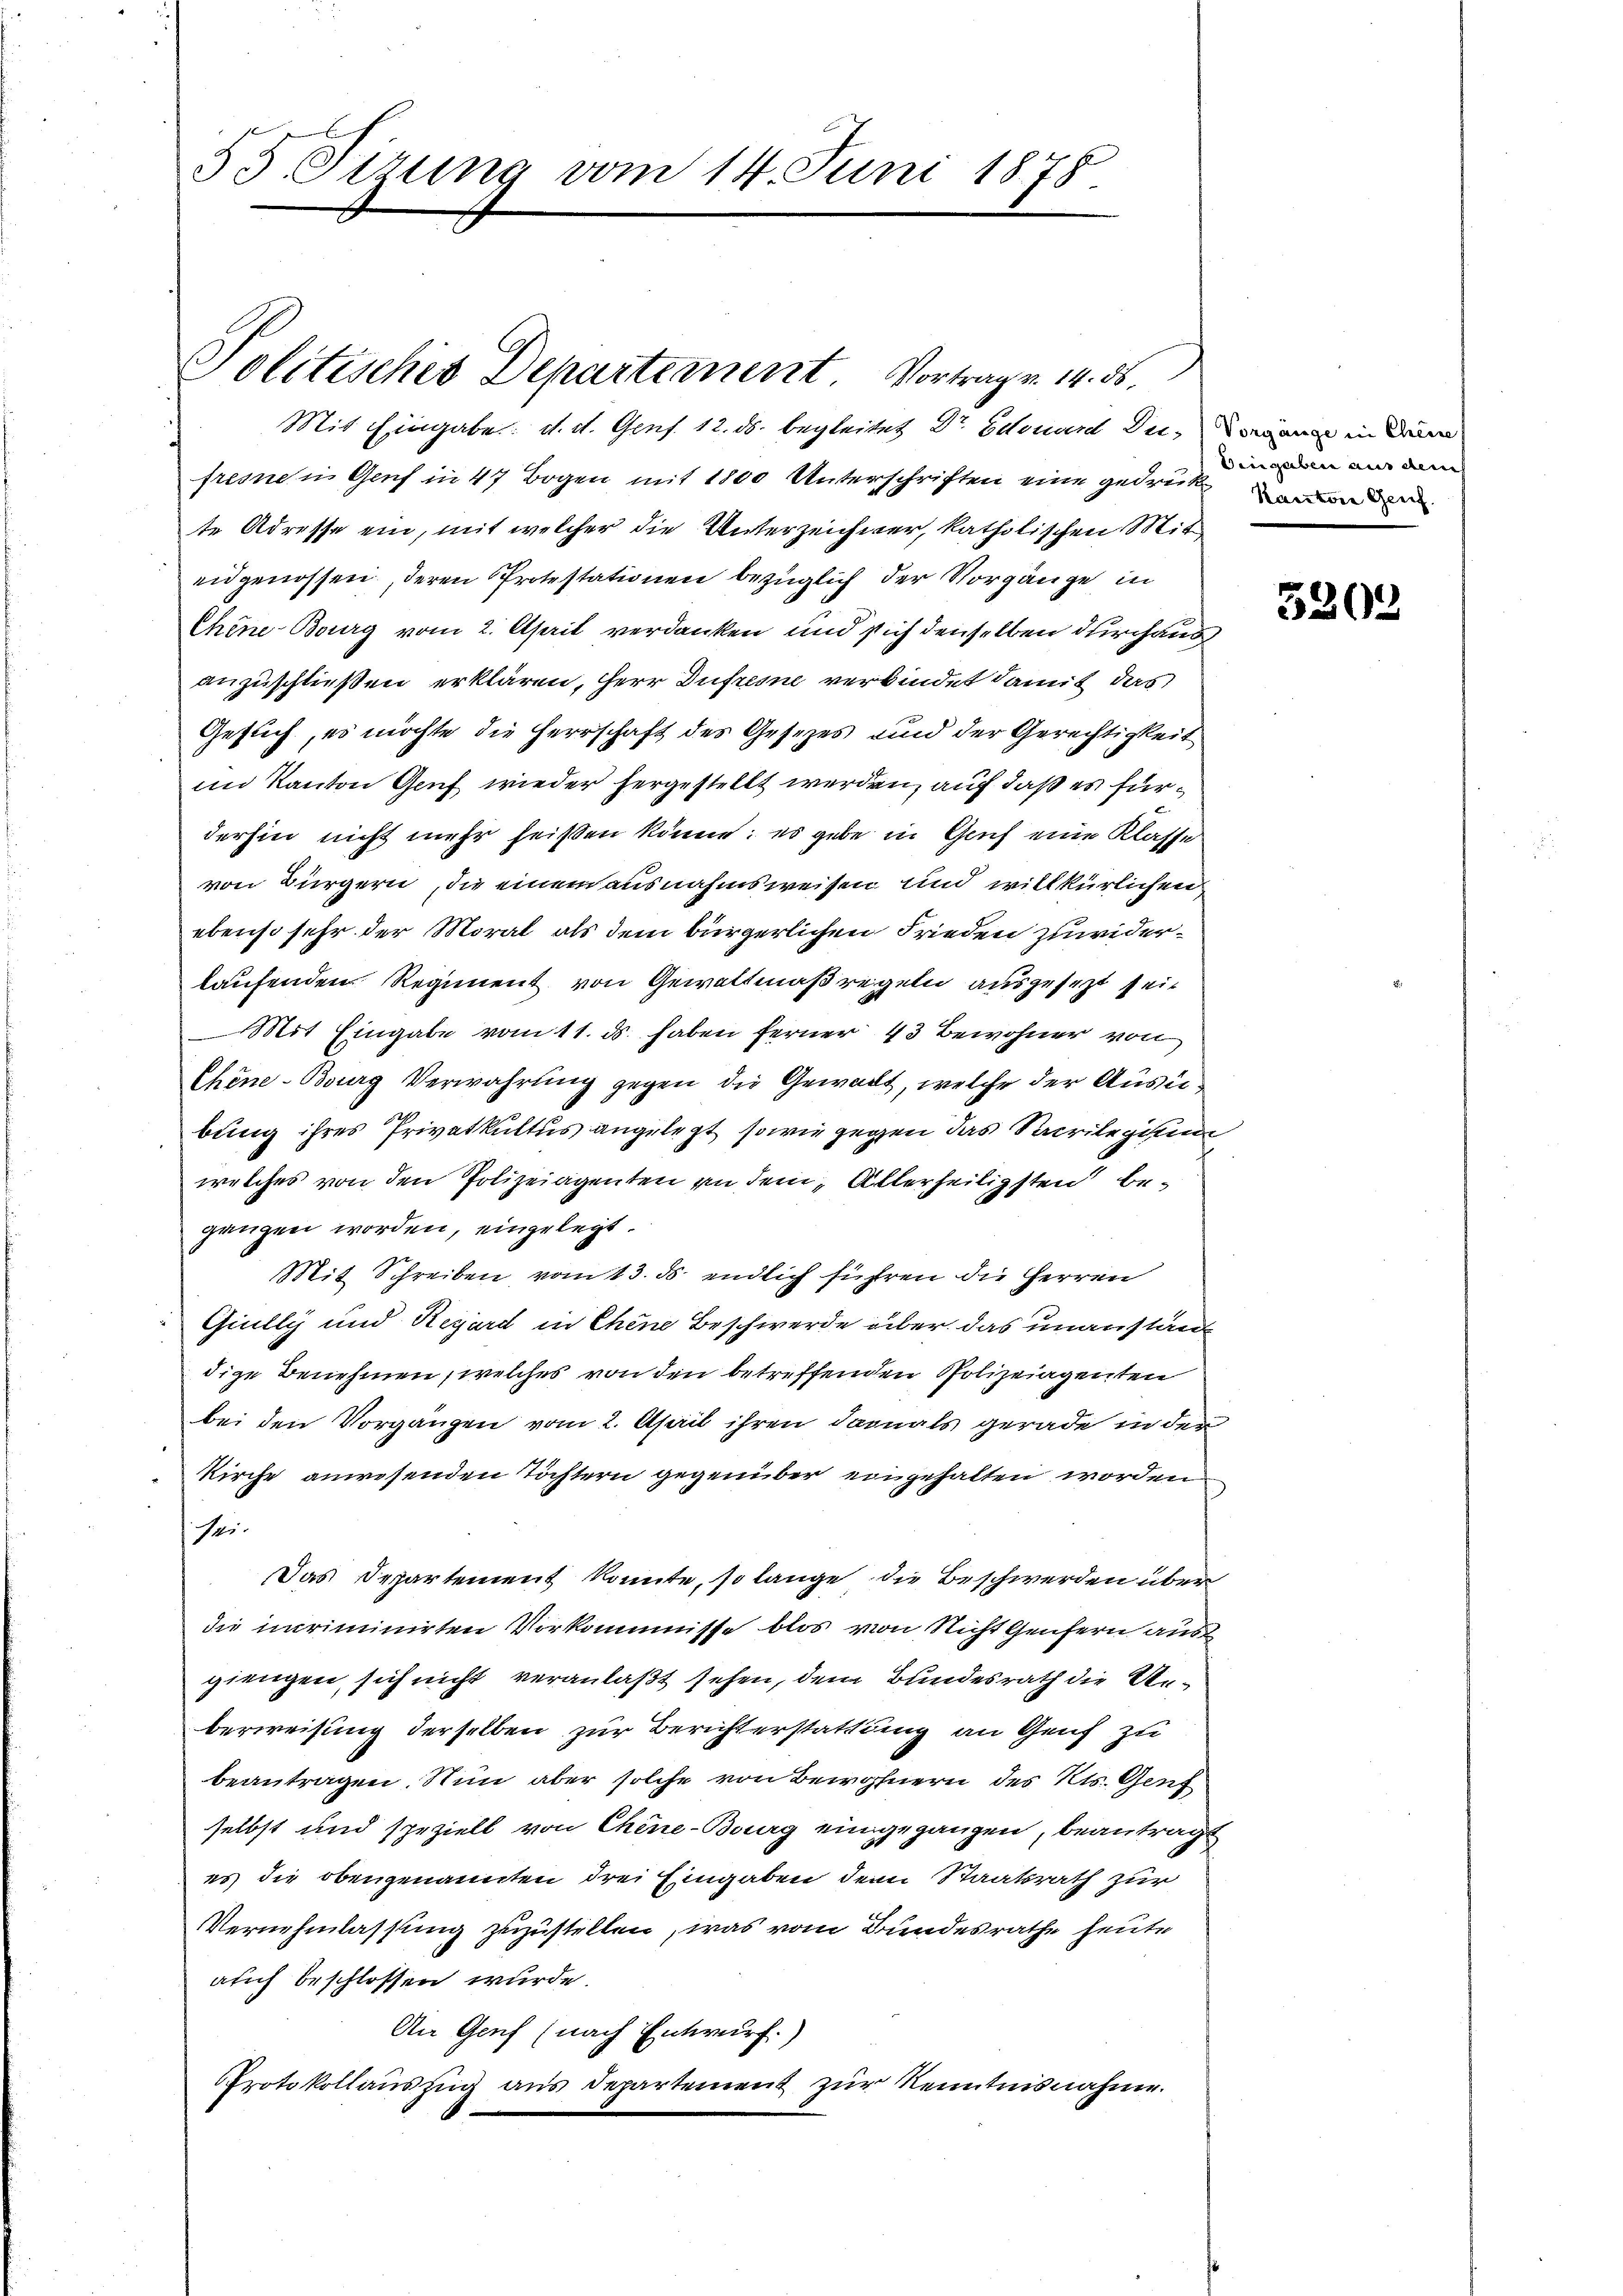
55. Sirung vom 14. Juni 1878

Mit Eingabe d. d. Gens 12. ds. begleitet Dr. Edouard der Vorgang in den
freone in Genf in 47 Bogen mit 1800 Unterschriften eine gedrücken
te Adresse ein, mit welcher die Unterzeichner, katholischen Miteidgenossen, deren Protestationen bezüglich der Vorgänge in
Chine-Bourg vom 2. April verdanken und sich denselben durchaus
anzuschließen erklären, Herr Dufresne verbindet damit das
Gesuch, es möchte die Herrschaft des Gesetzes und der Gerechtigkeit
im Kanton Genf wieder hergestellt werden, auf daß es fürderhin nicht mehr heißen könne; es gebe in Gruf eine Klasse
von Bürgern, die einem ausnahmsweisen und willkürlichen
ebenso sehr der Moral als dem bürgerlichen Frieden zuwiderlaufenden Regiment von Gewaltmaßregeln ausgesezt seit
Mit Eingabe vom 11. ds. haben ferner 43 Bewohner von
Chine-Bourg Verwahrung gegen die Gewalt, welche der Ausbung ihres Privatkultus angelegt, sowie gegen das Sacrilegitim
welches von den Polizeiagenten an dem Allerheiligsten beganzen worden, eingelegt.
Mit Schreiben vom 13. ds. endlich führen die Herren
Giully und Regard in Chene Beschwerde über das unanstän
dige Benehmen, welches von den betreffenden Polizeiagenten
bei den Vorgängen vom 2. April ihren darnals gerade in der
Kirche anwesenden Töchtern gegenüber eingehalten worden
sei.
Das Departement konnte, so lange die Beschwerden über
die muriminirten Vorkommnisse blos von Nicht Genfern aus
giengen sich nicht veranlaßt sehen, dem Bundesrath die Unberweisung derselben zur Berichterstattung an Genf zu
beantragen. Nun aber solche von Bewohnern des Kts. Genf
selbst und speziell von Chine-Burg eingegangen, beantragt
es die obengenannten drei Eingaben dem Staatsrath zur
Vernehmlassung zuzustellen, was vom Bundesrathe heute
alch beschlossen wurde.
An Genf (nach Entwurf.)
Protokollaŭszŭg aŭs departement zur Kenntnisnahme.

Politisches Departement. Vortrage. 14. ds.

Beigaben aus durch

5202